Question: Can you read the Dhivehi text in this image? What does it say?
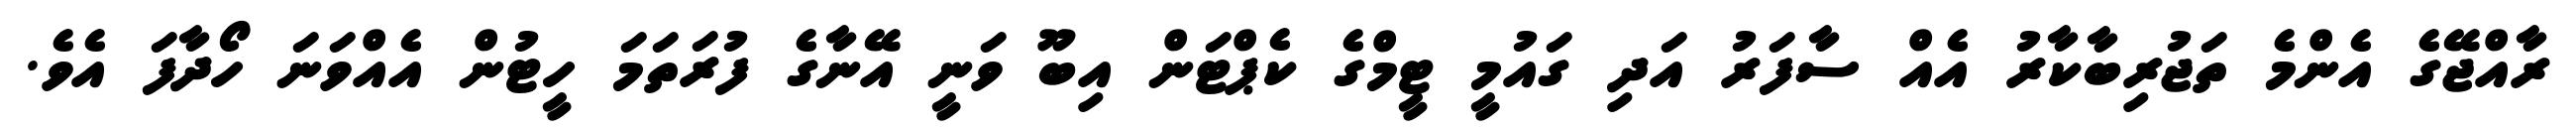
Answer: ރާއްޖޭގެ އެންމެ ތަޖުރިބާކާރު އެއް ސާފަރު އަދި ގައުމީ ޓީމްގެ ކެޕްޓަން އިބޫ ވަނީ އޭނާގެ ފުރަތަމަ ހީޓުން އެއްވަނަ ހޯދާފަ އެވެ.